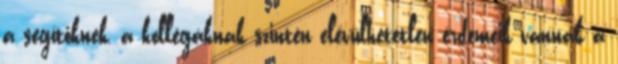
a segítőknek, a kollégáknak szintén elévülhetetlen érdemeik vannak a